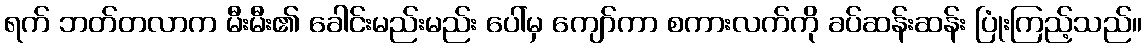
ရက် ဘတ်တလာက မီးမီး၏ ခေါင်းမည်းမည်း ပေါ်မှ ကျော်ကာ စကားလက်ကို ခပ်ဆန်းဆန်း ပြုံးကြည့်သည်။